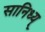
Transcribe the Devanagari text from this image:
सानिध्य्